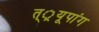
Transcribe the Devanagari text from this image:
त््रयूपांग